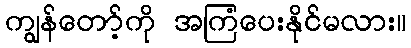
ကျွန်တော့်ကို အကြံပေးနိုင်မလား။